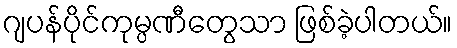
ဂျပန်ပိုင်ကုမ္ပဏီတွေသာ ဖြစ်ခဲ့ပါတယ်။